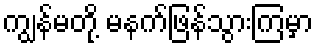
ကျွန်မတို့ မနက်ဖြန်သွားကြမှာ